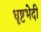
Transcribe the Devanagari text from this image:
धृष्टभेदी